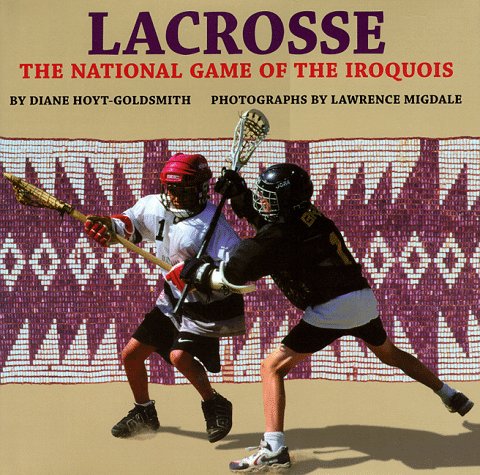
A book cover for Lacrosse: The National Game of the Iroquois; Diane Hoyt-Goldsmith; Sports & Outdoors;